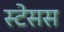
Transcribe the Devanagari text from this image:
स्टेसस